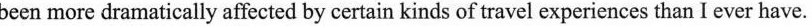
been more dramatically affected by certain kinds of travel experiences than I ever have.